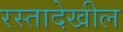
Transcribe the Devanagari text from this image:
रस्तादेखील